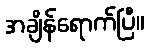
အချိန်ရောက်ပြီ။